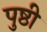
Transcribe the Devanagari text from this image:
पुष्ठी